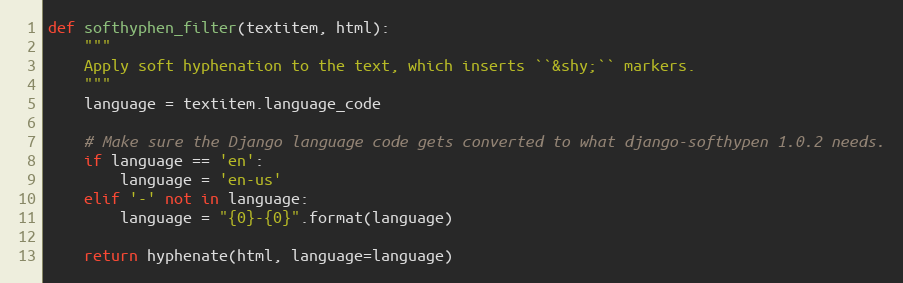
Language: Python
def softhyphen_filter(textitem, html):
    """
    Apply soft hyphenation to the text, which inserts ``&shy;`` markers.
    """
    language = textitem.language_code

    # Make sure the Django language code gets converted to what django-softhypen 1.0.2 needs.
    if language == 'en':
        language = 'en-us'
    elif '-' not in language:
        language = "{0}-{0}".format(language)

    return hyphenate(html, language=language)